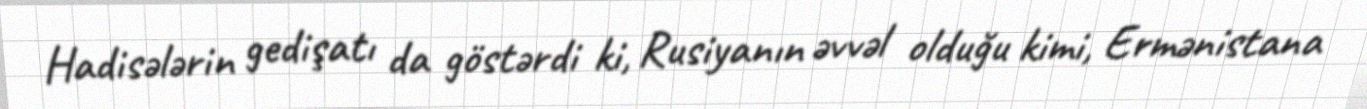
Hadisələrin gedişatı da göstərdi ki, Rusiyanın əvvəl olduğu kimi, Ermənistana